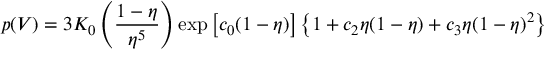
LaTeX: p ( V ) = 3 K _ { 0 } \left( { \frac { 1 - \eta } { \eta ^ { 5 } } } \right) \exp \left[ c _ { 0 } ( 1 - \eta ) \right] \left\{ 1 + c _ { 2 } \eta ( 1 - \eta ) + c _ { 3 } \eta ( 1 - \eta ) ^ { 2 } \right\}